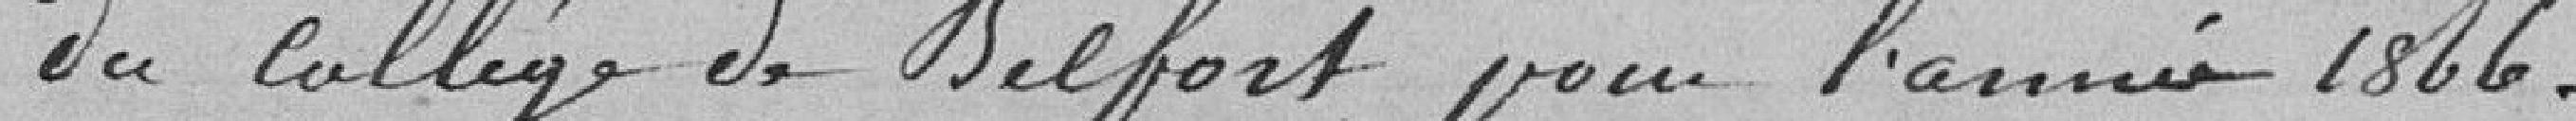
du Collège de Belfort pour l'année 1866.